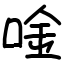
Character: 唫